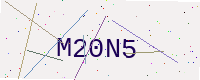
Text: M20N5